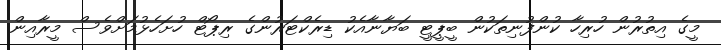
މީގެ އިތުރުން ހުރިހާ ކުންފުނިތަކުން ބީޕީޓީ ބަޔާނާއެކު ޑިރެކްޓަރުންގެ ރިޕޯޓް ހުށަހެޅުމަށްވެސް މީރާއިން